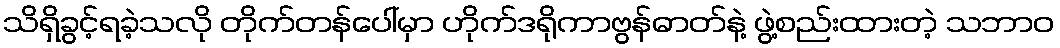
သိရှိခွင့်ရခဲ့သလို တိုက်တန်ပေါ်မှာ ဟိုက်ဒရိုကာဗွန်ဓာတ်နဲ့ ဖွဲ့စည်းထားတဲ့ သဘာဝ